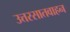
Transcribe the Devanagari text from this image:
उत्तरसातवाहन